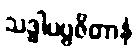
သဒ္ဓါပဗ္ဗဇိတာနံ